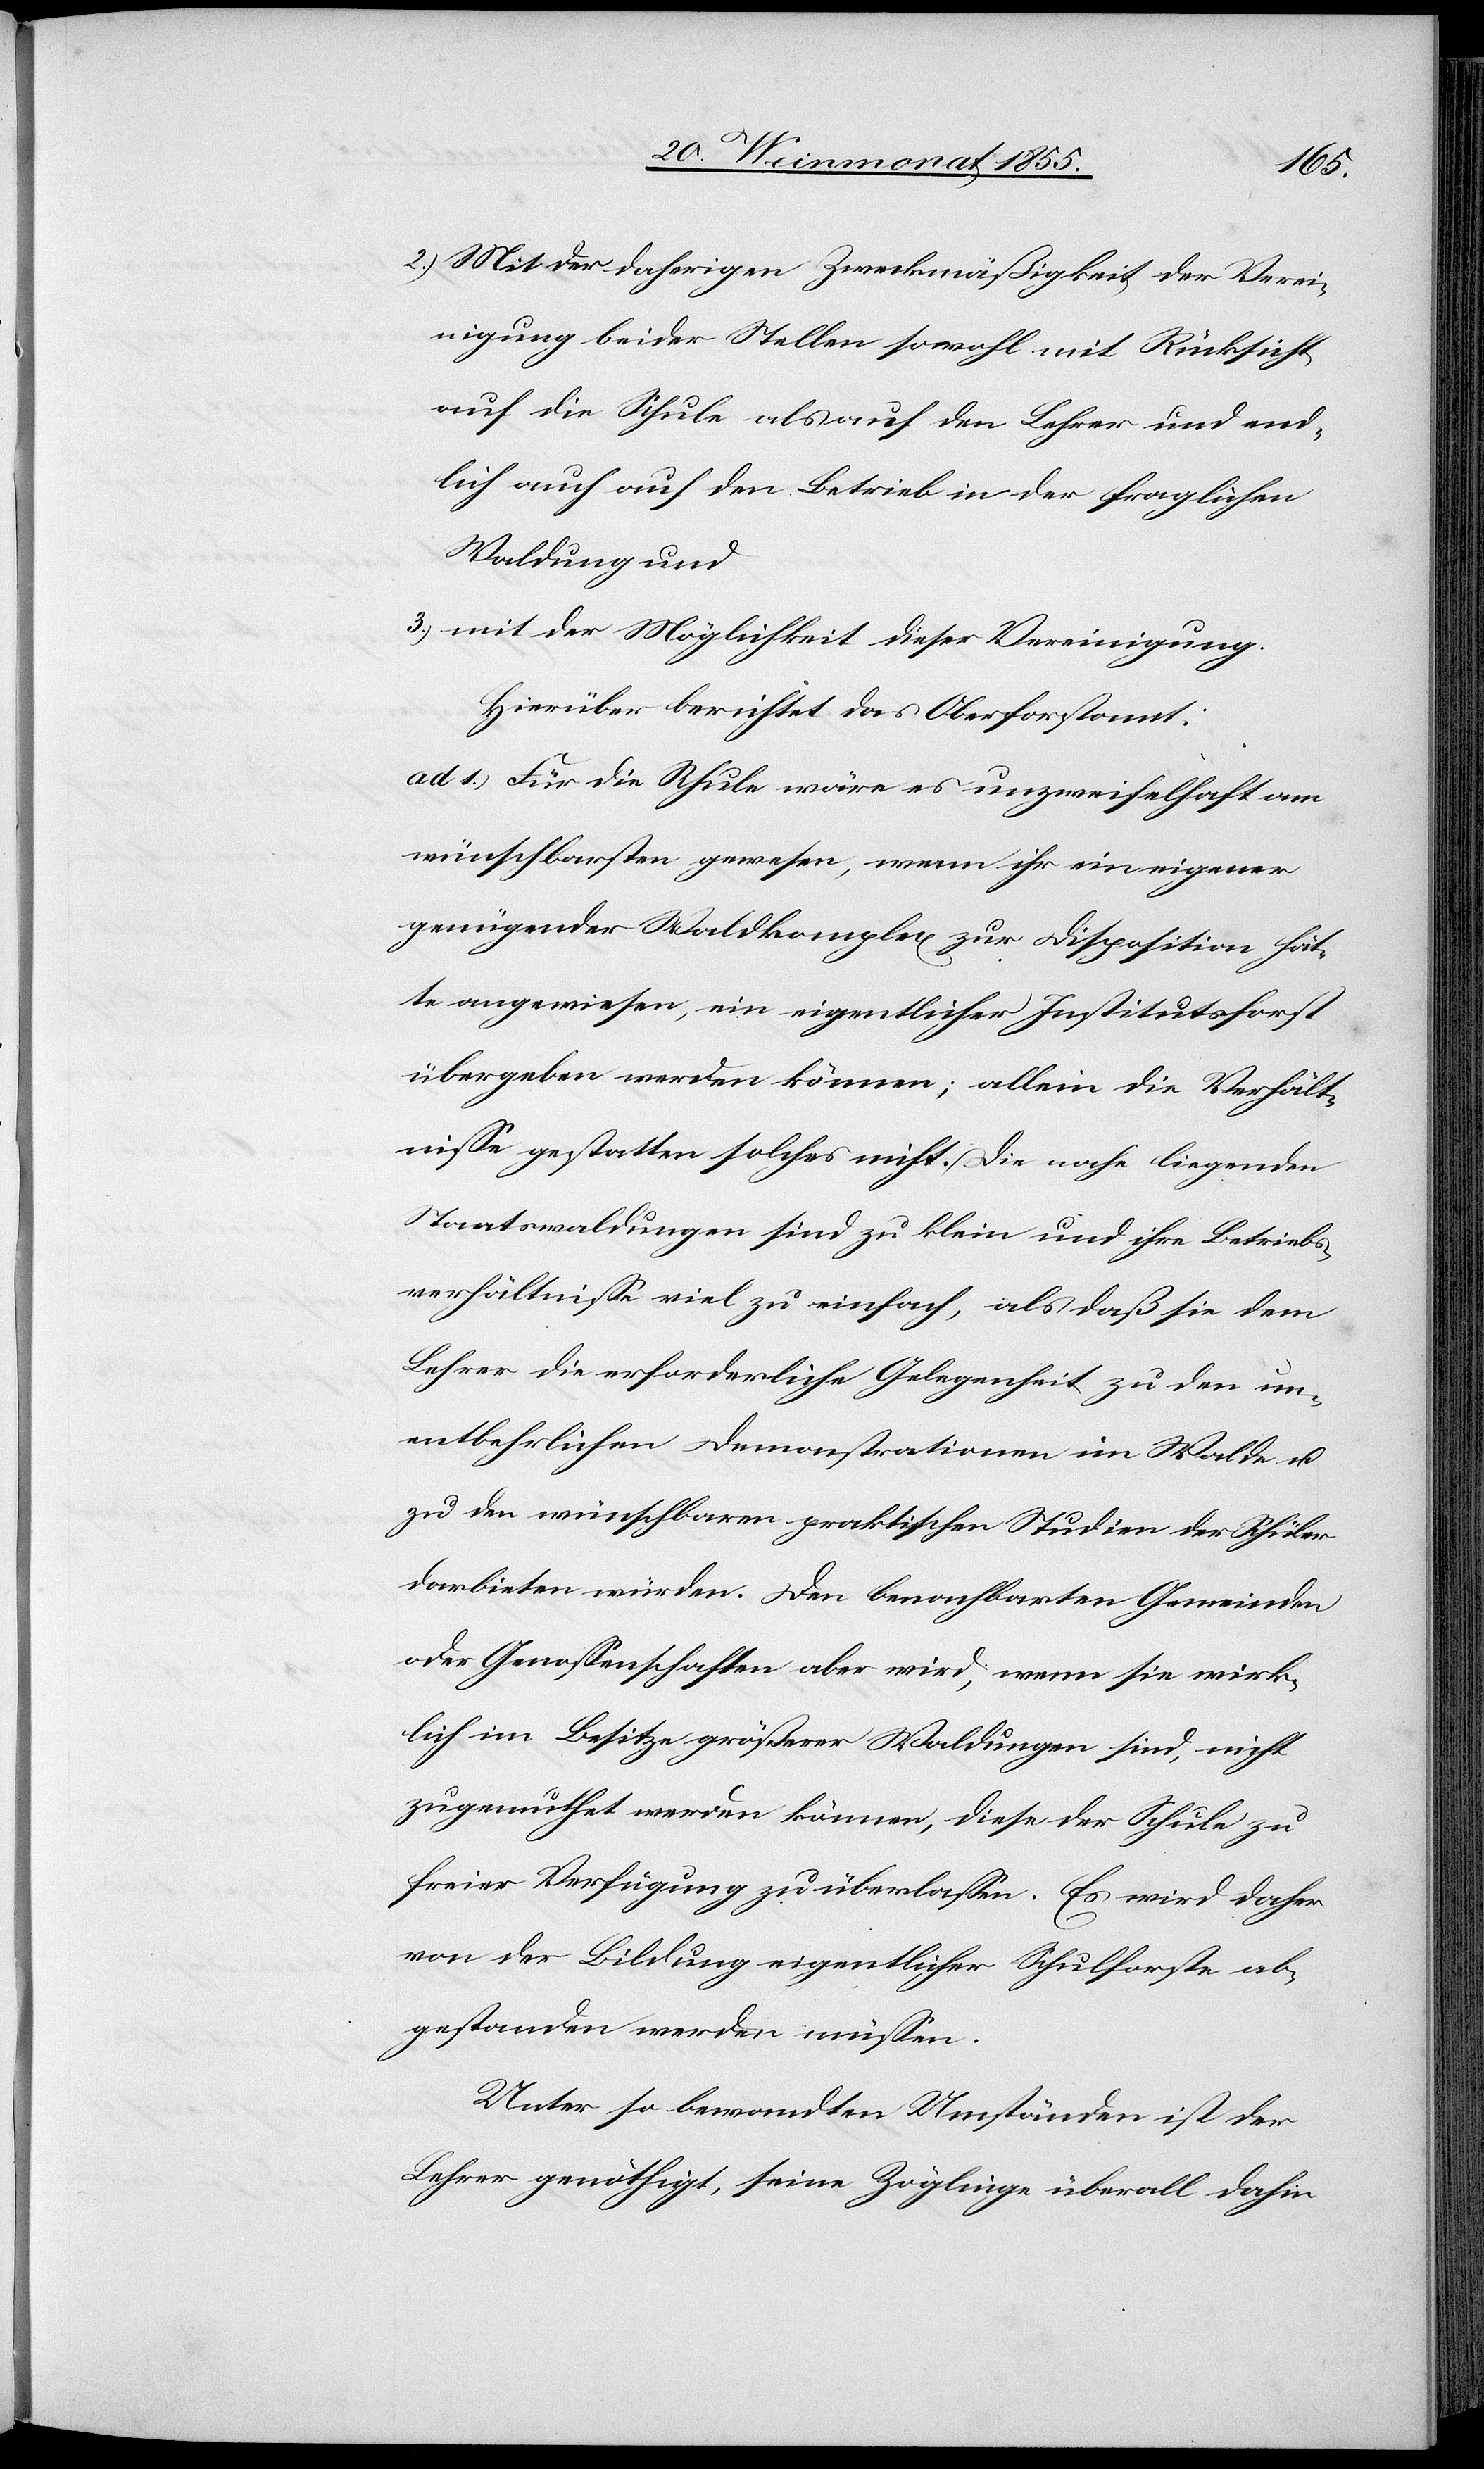
2.)
Mit der daherigen Zweckmäßigkeit der Verei¬
nigung beider Stellen sowohl mit Rücksicht
auf die Schule als auf den Lehrer und end¬
lich auch auf den Betrieb in der fraglichen
Waldung und
mit der Möglichkeit dieser Vereinigung.
Hierüber berichtet das Oberforstamt:
ad 1.) Für die Schule wäre es unzweifelhaft am
wünschbarsten gewesen, wenn ihr ein eigener
genügender Waldkomplex zur Disposition hät¬
te angewiesen, ein eigentlicher Institutsforst
übergeben werden können; allein die Verhält¬
nisse gestatten solches nicht. Die nahe liegenden
Staatswaldungen sind zu klein und ihre Betriebs¬
verhältnisse viel zu einfach, als daß sie dem
Lehrer die erforderliche Gelegenheit zu den un¬
entbehrlichen Demonstrationen im Walde u.
zu den wünschbaren praktischen Studien der Schüler
darbieten würden. Den benachbarten Gemeinden
oder Genossenschaften aber wird, wenn sie wirk¬
lich im Besitze größerer Waldungen sind, nicht
zugemuthet werden können, diese der Schule zu
freier Verfügung zu überlassen. Es wird daher
von der Bildung eigentlicher Schulforste ab¬
gestanden werden müssen.
Unter so bewandten Umständen ist der
Lehrer genöthigt, seine Zöglinge überall dahin